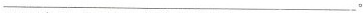
___。